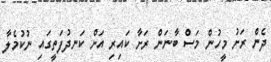
ދެން ރަށު މީހުން މަސް ބާނަން ރަށާ ކައިރި އަށް ކަނދުފަތީގައި ނުކުމެލާ